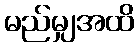
မည်မျှအထိ